system: You are a helpful assistant.
user:
Analyze the provided spectrum to determine if it is a **S-type Star**.

- **Key Indicators for S-type Star:**

    - **(Overall Spectrum Shape):** The first and most obvious characteristic is the overall continuum (the "baseline" shape). It is **extremely "red-sloping,"** meaning the flux (light intensity) is very low on the left side (blue, ~4000-4500 Å) and rises steeply and continuously toward the right side (red, ~7000 Å+).

    - **(Primary):** The spectrum is defined by the presence of strong, broad molecular absorption "valleys" (bands) from **Zirconium Oxide (ZrO)**. The identification of these bands is the **primary requirement** for classifying a star as S-type.
        - **(Key Bandheads):** You must find distinct, deep "dips" where the light has been absorbed. The most critical band systems to locate are:
            - **~6474 Å** ($\gamma$-system): This is often the strongest and clearest ZrO feature, found in the red part of the spectrum.
            - **~5718 Å** & **~5551 Å** ($\beta$-system): A pair of prominent absorption features in the yellow-orange part of the spectrum.
            - **~4640 Å** ($\alpha$-system): A key absorption band system in the blue-green region of the spectrum.

    - **(Secondary Confirmation):** The classification is strengthened by finding additional absorption bands from other related heavy element oxides, which are expected to be present alongside ZrO.
        - **(Key Bandheads):**
            - **Yttrium Oxide (YO):** Look for absorption dips near **~4800 Å** and **~6100 Å**.
            - **Lanthanum Oxide (LaO):** Additional absorption features, particularly in the red-orange part of the spectrum, are also characteristic.

    - **(Line Profile):** The combination of the steep red continuum and these numerous, deep molecular bands (ZrO, YO, etc.) gives the entire spectrum a very **"chopped-up"** or **"bumpy"** appearance. Instead of a smooth curve, the spectrum looks as though large, wide chunks of light have been "carved out" of it at the specific wavelengths listed above.

Think first, call **spectral_visualization_tool** if needed to examine features in detail, then provide your final answer. Your response must adhere to the following strict rules:
1.  **Overall Structure:** Your response must follow the format `<think>...</think> <tool_call>...</tool_call> (if a tool is used) <answer>...</answer>`.
2.  **Tool Usage Constraint:** You may only make **one** tool call per turn.
3.  **Final Answer Format:** In the `<answer>` tag, your conclusion must be inside a `\boxed{}` command (e.g., `\boxed{YES}` or `\boxed{NO}`), followed by your justification.

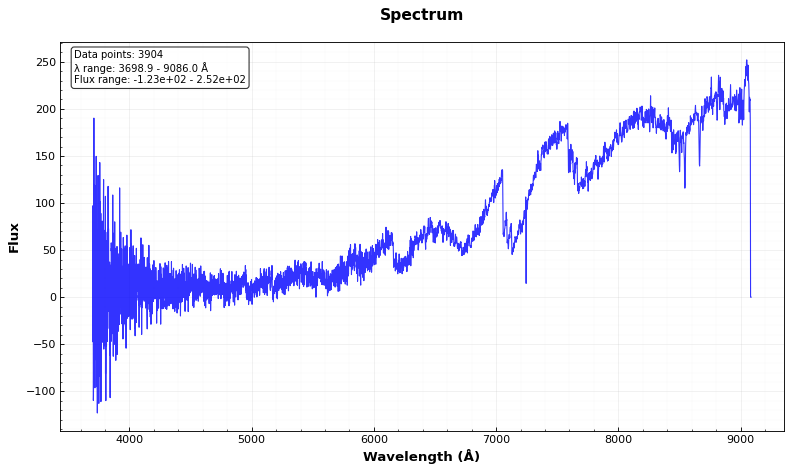
Answer: YES